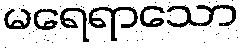
မရေရာသော